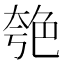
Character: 𦫚